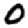
Digit: 0